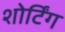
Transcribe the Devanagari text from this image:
शोर्टिंग